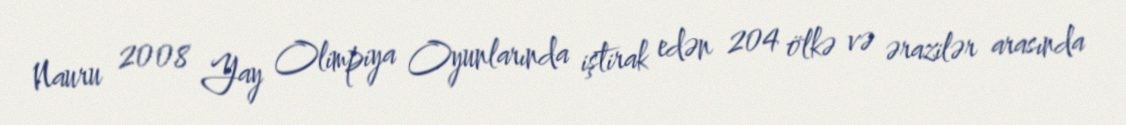
Nauru 2008 Yay Olimpiya Oyunlarında iştirak edən 204 ölkə və ərazilər arasında